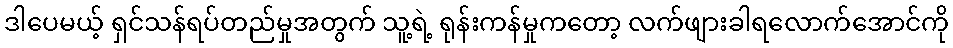
ဒါပေမယ့် ရှင်သန်ရပ်တည်မှုအတွက် သူ့ရဲ့ ရုန်းကန်မှုကတော့ လက်ဖျားခါရလောက်အောင်ကို